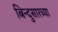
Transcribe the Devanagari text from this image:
बिन्दुसारच्या